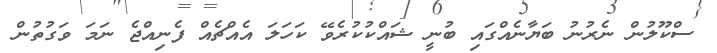
ސްކޫލުން ނެރުނު ބަޔާނެއްގައި ބުނީ ޝައްކުކުރެވޭ ކަހަލަ އެއްޗެއް ފެނިއްޖެ ނަމަ ވަގުތުން